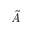
\tilde { A }